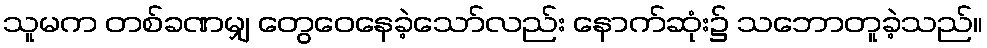
သူမက တစ်ခဏမျှ တွေဝေနေခဲ့သော်လည်း နောက်ဆုံး၌ သဘောတူခဲ့သည်။